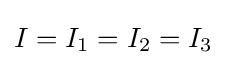
I=I_{1}=I_{2}=I_{3}